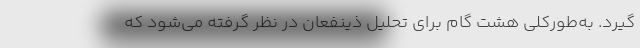
گیرد. به‌طورکلی هشت گام برای تحلیل ذینفعان در نظر گرفته می‌شود که